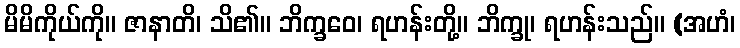
မိမိကိုယ်ကို။ ဇာနာတိ၊ သိ၏။ ဘိက္ခဝေ၊ ရဟန်းတို့။ ဘိက္ခု၊ ရဟန်းသည်။ (အဟံ၊